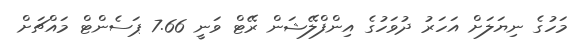
މަހުގެ ނިޔަލަށް އަހަރު ދުވަހުގެ އިންފްލޭޝަން ރޭޓް ވަނީ 7.66 ޕަސެންޓް މައްޗަށް